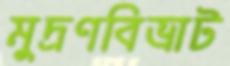
মুদ্রণবিভ্রাট